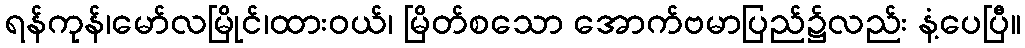
ရန်ကုန်၊မော်လမြိုင်၊ထားဝယ်၊ မြိတ်စသော အောက်ဗမာပြည်၌လည်း နံ့ပေပြီ။